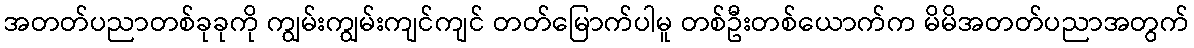
အတတ်ပညာတစ်ခုခုကို ကျွမ်းကျွမ်းကျင်ကျင် တတ်မြောက်ပါမူ တစ်ဦးတစ်ယောက်က မိမိအတတ်ပညာအတွက်